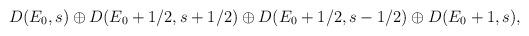
LaTeX: \begin{align*}D(E_0,s) \oplus D(E_0 +1/2, s+ 1/2) \oplus D(E_0 + 1/2, s-1/2) \oplus D(E_0 +1, s),\end{align*}